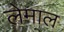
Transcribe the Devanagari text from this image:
लेमाल